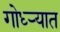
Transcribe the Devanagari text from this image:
गोध्ऱ्यात